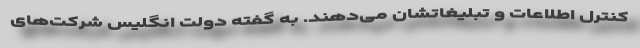
کنترل اطلاعات و تبلیغاتشان می‌دهند. به گفته دولت انگلیس شرکت‌های